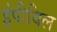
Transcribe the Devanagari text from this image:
इंपीयिल